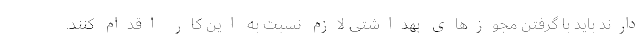
دارند باید با گرفتن مجوزهای بهداشتی لازم نسبت به این کار اقدام کنند.